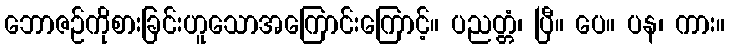
ဘောဇဉ်ကိုစားခြင်းဟူသောအကြောင်းကြောင့်။ ပညတ္တံ၊ ပြီ။ ပေ။ ပန၊ ကား။